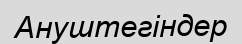
Ануштегіндер